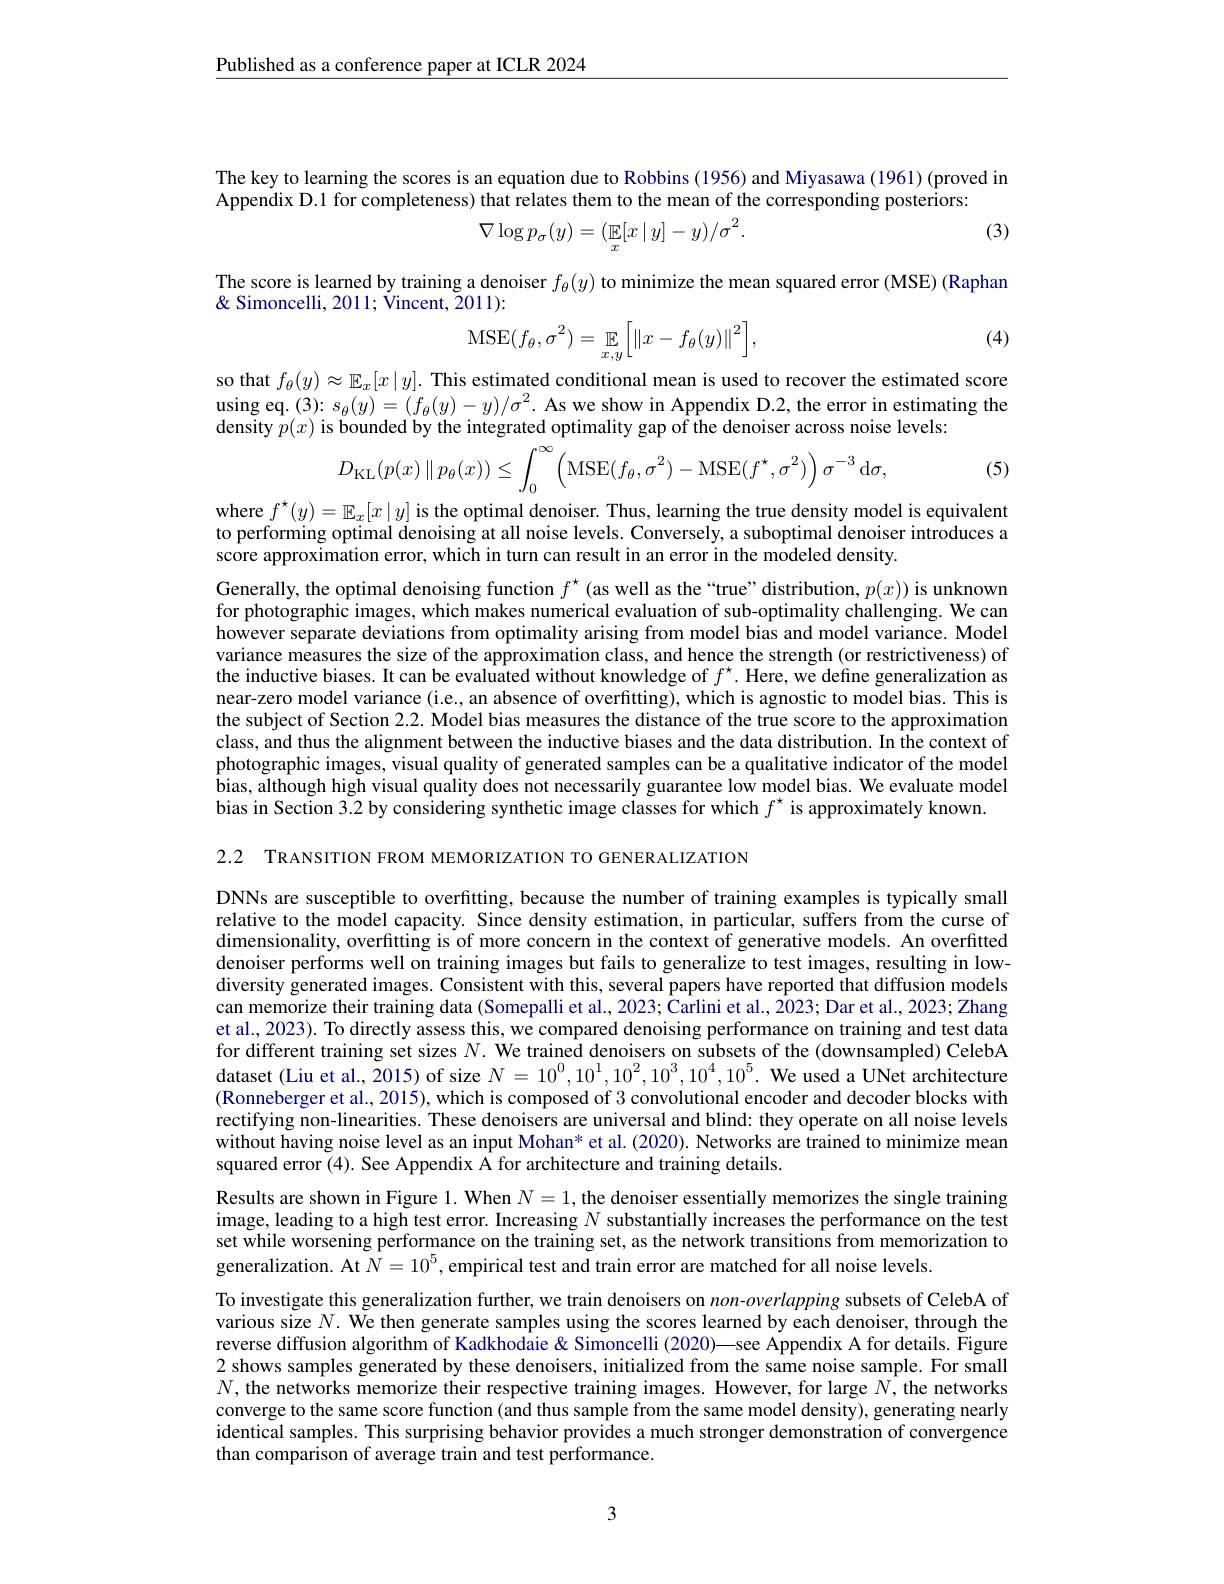
$\underline{\text{Published as a conference paper at ICLR 2024}}$

The key to learning the scores is an equation due to Robbins (1956) and Miyasawa (1961) (proved in
Appendix D.1 for completeness) that relates them to the mean of the corresponding posteriors:
$$\nabla\log p_\sigma(y)=(\mathbb{E}[x\mid y]-y)/\sigma^2.$$
(3)

The score is learned by training a denoiser $f_\theta(y)$ to minimize the mean squared error (MSE) (Raphan
$\&$ Simoncelli, 2011; Vincent, 2011):
$$\mathrm{MSE}(f_\theta,\sigma^2)=\mathbb{E}_{x,y}\Big[\left\|x-f_\theta(y)\right\|^2\Big],$$
(4)

so that $f_\theta(y)\approx\mathbb{E}_x[x\mid y].$ This estimated conditional mean is used to recover the estimated score using eq.(3): $s_\theta(y)=(f_\theta(y)-y)/\sigma^2.$ As we show in Appendix D.2, the error in estimating the density $p(x)$ is bounded by the integrated optimality gap of the denoiser across noise levels:
$$D_{\text{KL}}(p(x)\:\|\:p_\theta(x))\leq\int_0^\infty\Big(\text{MSE}(f_\theta,\sigma^2)-\text{MSE}(f^\star,\sigma^2)\Big)\sigma^{-3}\:\text{d}\sigma,$$
(5)

where $f^\star(y)=\mathbb{E}_x[x\mid y]$ is the optimal denoiser. Thus, learning the true density model is equivalent to performing optimal denoising at all noise levels. Conversely, a suboptimal denoiser introduces a score approximation error, which in turn can result in an error in the modeled density.

Generally, the optimal denoising function $f^\star$ (as well as the“true” distribution, $p(x))$ is unknown for photographic images, which makes numerical evaluation of sub-optimality challenging. We can however separate deviations from optimality arising from model bias and model variance. Model variance measures the size of the approximation class, and hence the strength (or restrictiveness) of the inductive biases. It can be evaluâted without knowledge of $f^\star.$ Here, we define generalization as near-zero model variance (i.e., an absence of overfitting), which is agnostic to model bias. This is the subject of Section 2.2. Model bias measures the distance of the true score to the approximation class, and thus the alignment between the inductive biases and the data distribution. In the context of photographic images, visual quality of generated samples can be a qualitative indicator of the model bias, although high visual quality does not necessarily guarantee low model bias. We evaluate model bias in Section 3.2 by considering synthetic image classes for which $f^{\star}$ is approximately known.

2.2 TRANSITION FROM MEMORIZATION TO GENERALIZATION

DNNs are susceptible to overfitting, because the number of training examples is typically small relative to the model capacity. Since density estimation, in particular, suffers from the curse of dimensionality, overfitting is of more concern in the context of generative models. An overfitted denoiser performs well on training images but fails to generalize to test images, resulting in lowdiversity generated images. Consistent with this, several papers have reported that diffusion models can memorize their training data (Somepalli et al., 2023; Carlini et al., 2023; Dar et al., 2023; Zhang et al., 2023). To directly assess this, we compared denoising performance on training and test data for different training set sizes $N.$ We trained denoisers on subsets of the ( downsampled) CelebA dataset (Liu et al., 2015) of size $N=10^0,10^1,10^2,10^3,10^4,10^5.$ We used a UNet architecture (Ronneberger et al., 2015), which is composed of 3 convolutional encoder and decoder blocks with rectifying non-linearities. These denoisers are universal and blind: they operate on all noise levels without having noise level as an input Mohan* et al. (2020). Networks are trained to minimize mean squared error (4). See Appendix Å for architecture and training details.
Results are shown in Figure 1. When $N=1$, the denoiser essentially memorizes the single training image, leading to a high test error. Increasing $N$ substantially increases the performance on the test set while worsening performance on the training set, as the network transitions from memorization to generalization. At $\hat{N}=10^5$,empirical test and train error are matched for all noise levels.
To investigate this generalization further, we train denoisers on $non-overlapping$ subsets of CelebA of various size $N.$ We then generate samples using the scores learned by each denoiser, through the reverse diffusion algorithm of Kadkhodaie & Simoncelli (2020)—see Appendix A for details. Figure 2 shows samples generated by these denoisers, initialized from the same noise sample. For small $N$, the networks memorize their respective training images. However, for large $N$,the networks converge to the same score function (and thus sample from the same model density), generating nearly identical samples. This surprising behavior provides a much stronger demonstration of convergence than comparison of average train and test performance.

3